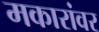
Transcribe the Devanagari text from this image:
मकारांवर